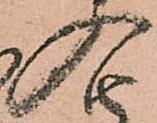
入